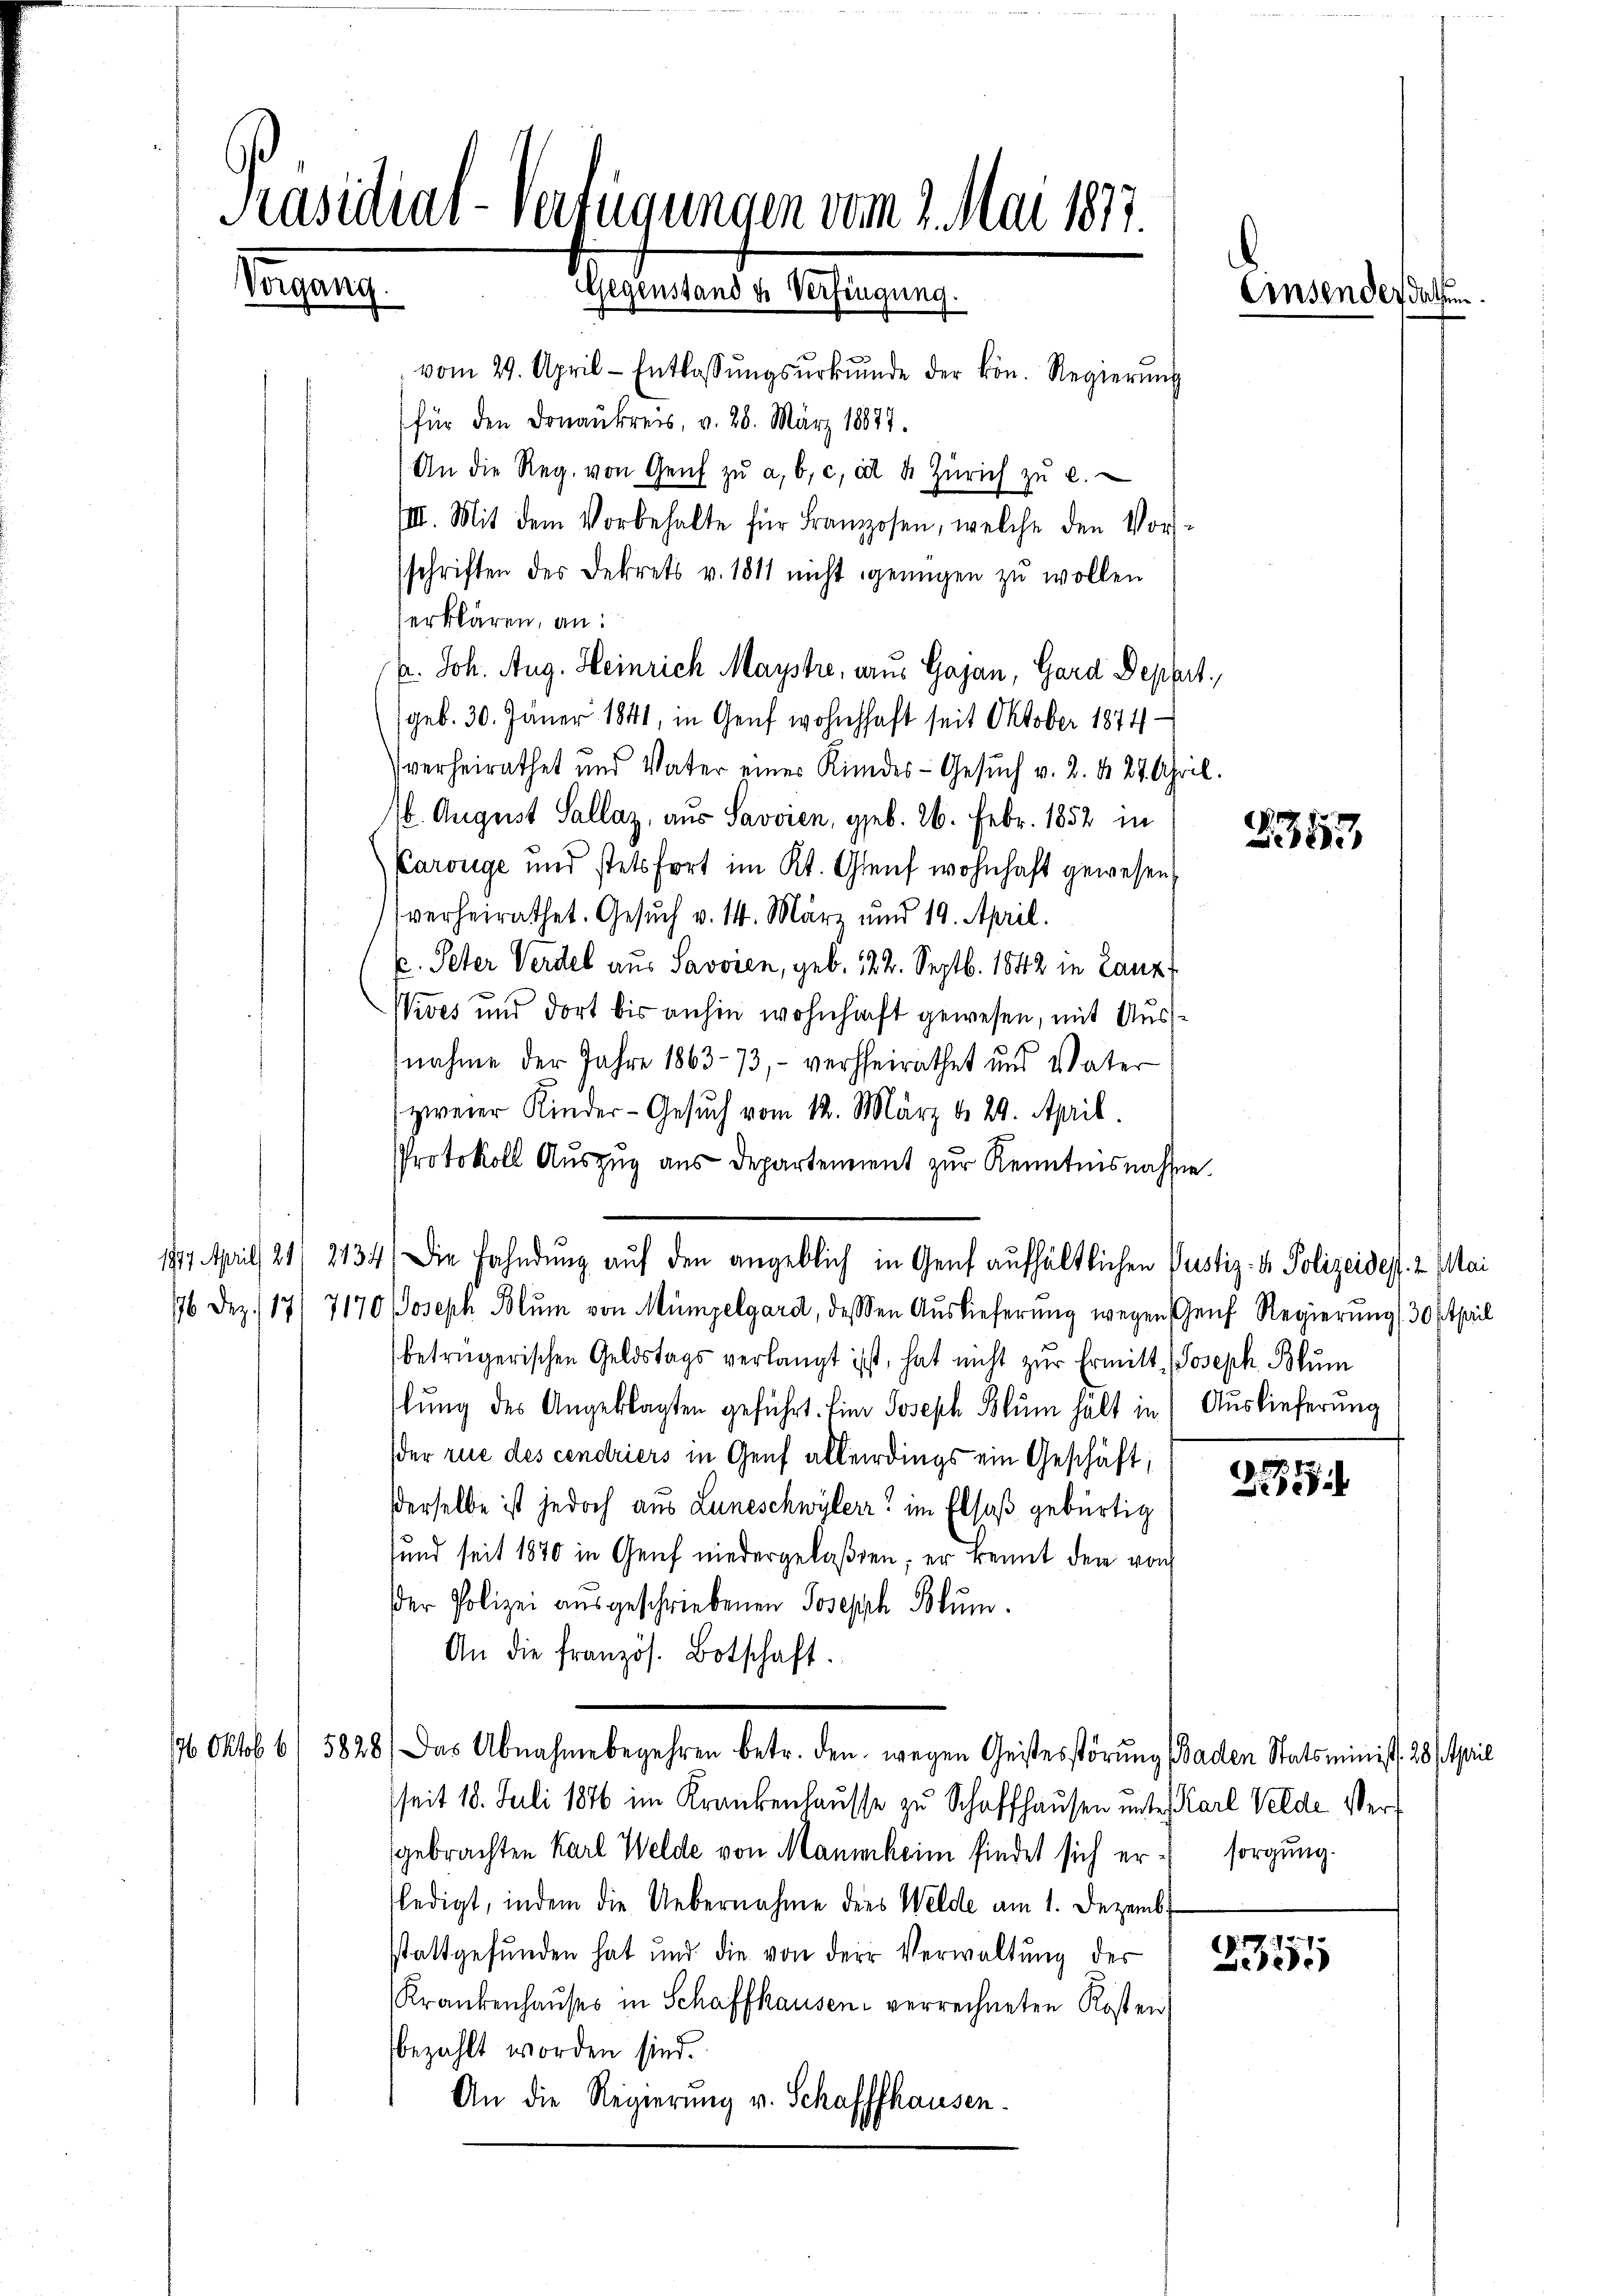
vom 29. April - Entlassŭngsŭrkŭnde der kön. Regierŭng
für den Donaukreis, v. 26. März 18827.
An die Reg. von Genf zŭ a, b, c, et 2. Zürich zŭ l.
III. Mit dem Vorbehalte für Franzosen, welche den Vor-
schriften des Dekrets v. 1811 nicht genügen zu wollen
erklären, an:
k. Joh. Aug. Heinrich Maystre, aus Gajan, Gard Deppt,
(geb. 30. Jäner 1841, in Genf wohnhaft seit Oktober 1874
verheirathet und Vater eines Kindes-Gesŭch v. 2. d. 27. April.
16. August Sallaz, aus Savoien, geb. 26. Febr. 1852 in
Carouge und stetsfort im Kt. Gleich wohnhaft gewesen,
verheirathet. Gesuch v. 14. März und 19. April.
C. Peter Verdel aus Savoren, geb. 122. Septb. 1842 in Lanz
Vives und dort bis anhin wohnhaft gewesen, mit Ausnahme der Jahre 1863–73, - verheirathet und Vater
zweier Kinder-Gesŭch vom 12. März d. 24. April.
Protokoll Auszug aus Departement zur Kenntnisnahme.
776 Dez. 17/ 7170 Joseph Blŭm von Mümpelgard, dessen Auslieferŭng wegen Genf Regierung 30 (theil
betrügerischen Geldstags verlangt ist, hat nicht zur Ermitt, Joseph Blum
lung des Angeklagten geführt. Eine Joseph Blum hält in (Auslieferung
der rue des cendriers in Genf allerdings ein Geschäft,
derselbe ist jedoch aus Luneschwyler" im Elsaß gebürtig
sund seit 1870 in Genf niedergelaßen; er kennt den von
Der Polizei ausgeschriebenen Joseph Blum.
An die französ. Botschaft.
176 Oktob 6/ 5828) Das Abnahme begehren betr. den wegen Geistesstörŭng (Baden Statsminist. 28 April
seit 18. Juli 1846 im Krankenhausse zu Schaffhausen unter Karl Velde vergebrachten Karl Welde von Mannheim findet sich er sorgung.
ledigt, indem die Uebernahme dies Welde am 1. Dezemb.
stattgefŭnden hat und die von der Verwaltŭng der
Krankenhauses in Schaffhausen verrechneten Kosten
bezahlt worden sind.
An die Regierung v. Schaffhausen.

Präsidial-Verfügungen vom 2. Mai 1877.
Ingang
Gegenstand u. Verfingung.

1897. April 21/ 2134) Die Fahndŭng aŭf den angeblich in Genf aufhältlichen Pustiz- & Polizeides. 2. Mai

¬
Einsender datum

2357

l